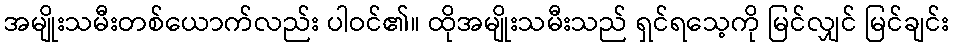
အမျိုးသမီးတစ်ယောက်လည်း ပါဝင်၏။ ထိုအမျိုးသမီးသည် ရှင်ရသေ့ကို မြင်လျှင် မြင်ချင်း